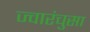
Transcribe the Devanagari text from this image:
ज्वारंचुसा